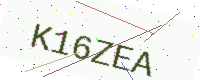
Text: K16ZEA